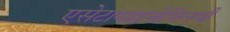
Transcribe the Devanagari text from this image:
एसेटामाइनोफिनभी